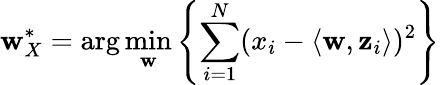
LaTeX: \mathbf{w}_{X}^{*}=\arg\operatorname*{min}_{\mathbf{w}}\left\{ \sum_{i=1}^{N}(x_{i}-\langle\mathbf{w},\mathbf{z}_{i}\rangle)^{2}\right\}